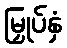
မြှုပ်နှံ